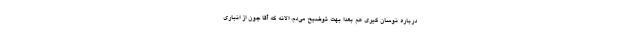
درباره نوسان گیری هم بعداً بهت توضیح می­دم، الانه که آقا جون از انباری